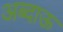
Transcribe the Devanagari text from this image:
अब्दाऊ